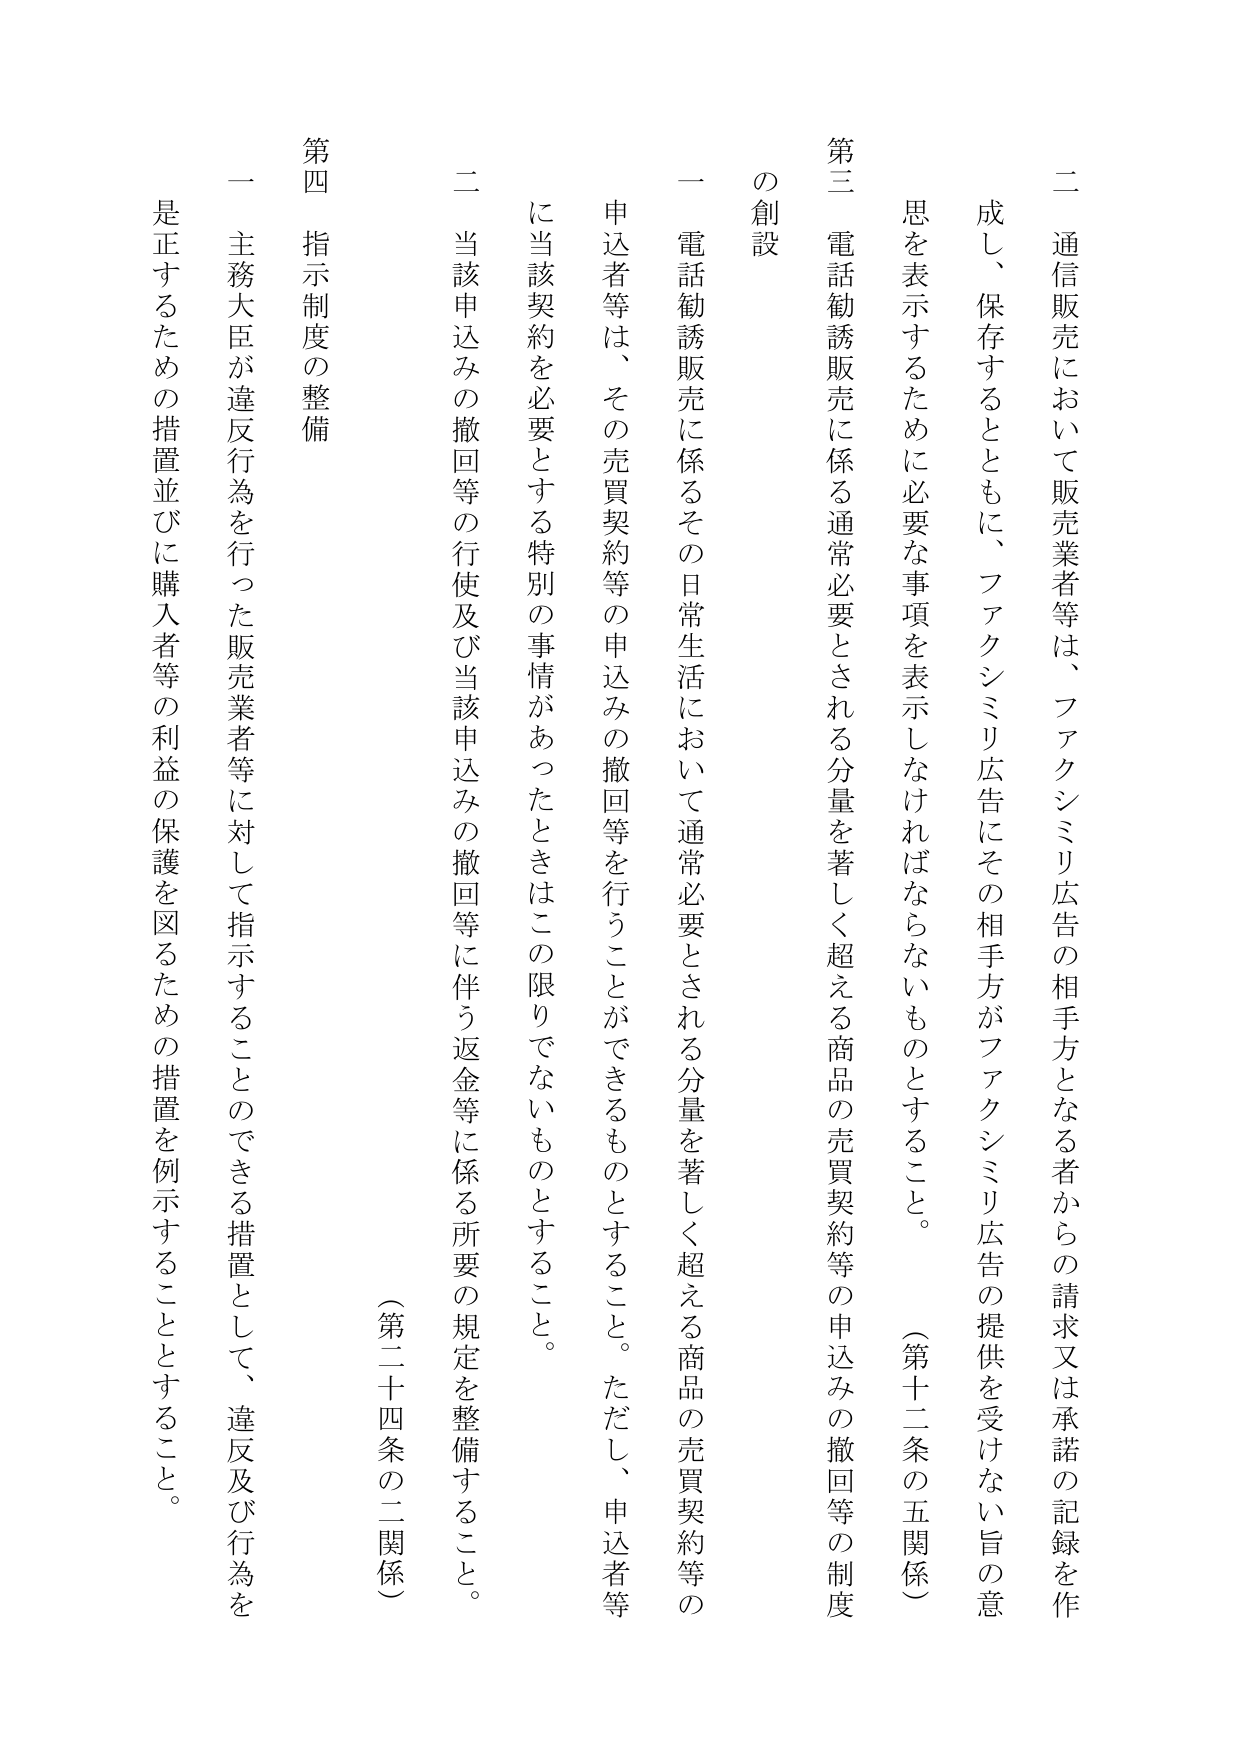
二 通信販売において販売業者等は、ファクシミリ広告の相手方となる者からの請求又は承諾の記録を作成し、保存するとともに、ファクシミリ広告にその相手方がファクシミリ広告の提供を受けない旨の意思を表示するために必要な事項を表示しなければならないものとすること。（第十二条の五関係）

第三 電話勧誘販売に係る通常必要とされる分量を著しく超える商品の売買契約等の申込みの撤回等の制度の創設

一 電話勧誘販売に係るその日常生活において通常必要とされる分量を著しく超える商品の売買契約等の申込者等は、その売買契約等の申込みの撤回等を行うことができるものとすること。ただし、申込者等に当該契約を必要とする特別の事情があったときはこの限りでないものとすること。

二 当該申込みの撤回等の行使及び当該申込みの撤回等に伴う返金等に係る所要の規定を整備すること。（第二十四条の二関係）

第四 指示制度の整備

一 主務大臣が違反行為を行った販売業者等に対して指示することのできる措置として、違反及び行為を是正するための措置並びに購入者等の利益の保護を図るための措置を例示することとすること。